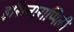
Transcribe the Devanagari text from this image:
इरिन्नाराप्पिली